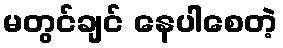
မတွင်ချင် နေပါစေတဲ့